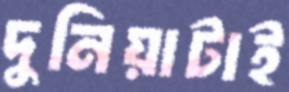
দুনিয়াটাই